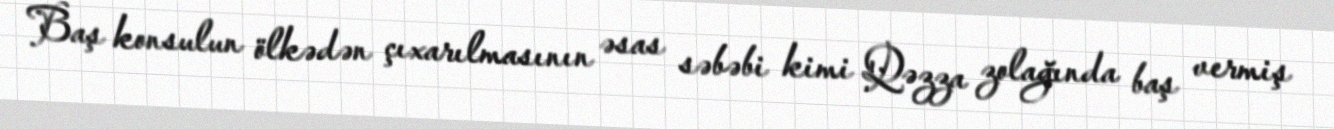
Baş konsulun ölkədən çıxarılmasının əsas səbəbi kimi Qəzza zolağında baş vermiş